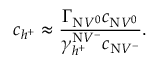
c _ { h ^ { + } } \approx \frac { \Gamma _ { \mathrm { N } V ^ { 0 } } c _ { \mathrm { N } V ^ { 0 } } } { \gamma _ { h ^ { + } } ^ { \mathrm { N } V ^ { - } } c _ { \mathrm { N } V ^ { - } } } .